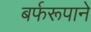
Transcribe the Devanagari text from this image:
बर्फरूपाने